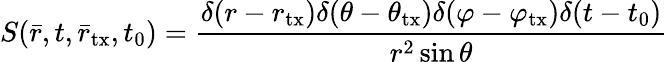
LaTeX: S(\bar{r},t,{\bar{r}_{\mathrm{tx}}},t_{0})=\frac{{\delta(r-{r_{\mathrm{tx}}})\delta(\theta-\theta_{\mathrm{tx}})\delta(\varphi-\varphi_{\mathrm{tx}})\delta(t-t_{0})}}{r^{2}\sin\theta}